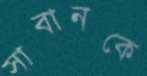
সাবানকে